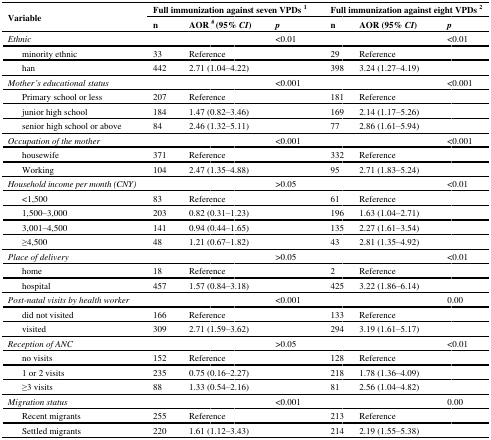
<table><thead><tr><td rowspan="2"><b>Variable</b></td><td colspan="3"><b>Full immunization against seven VPDs <sup>1</sup></b></td><td colspan="3"><b>Full immunization against eight VPDs <sup>2</sup></b></td></tr><tr><td><b>n</b></td><td><b>AOR <sup>#</sup> (95% <i>CI</i>)</b></td><td><b><i>p</i></b></td><td><b>n</b></td><td><b>AOR (95% <i>CI</i>)</b></td><td><b><i>p</i></b></td></tr></thead><tbody><tr><td><i>Ethnic</i></td><td></td><td></td><td>&lt;0.01</td><td></td><td></td><td>&lt;0.01</td></tr><tr><td> minority ethnic </td><td>33</td><td>Reference</td><td></td><td>29</td><td>Reference</td><td></td></tr><tr><td> han</td><td>442</td><td>2.71 (1.04–4.22)</td><td></td><td>398</td><td>3.24 (1.27–4.19)</td><td></td></tr><tr><td><i>Mother’s educational status</i></td><td></td><td></td><td>&lt;0.001</td><td></td><td></td><td>&lt;0.001</td></tr><tr><td> Primary school or less</td><td>207</td><td>Reference</td><td></td><td>181</td><td>Reference</td><td></td></tr><tr><td> junior high school</td><td>184</td><td>1.47 (0.82–3.46)</td><td></td><td>169</td><td>2.14 (1.17–5.26)</td><td></td></tr><tr><td> senior high school or above</td><td>84</td><td>2.46 (1.32–5.11)</td><td></td><td>77</td><td>2.86 (1.61–5.94)</td><td></td></tr><tr><td><i>Occupation of the mother</i></td><td></td><td></td><td>&lt;0.001</td><td></td><td></td><td>&lt;0.001</td></tr><tr><td> housewife </td><td>371</td><td>Reference</td><td></td><td>332</td><td>Reference</td><td></td></tr><tr><td> Working</td><td>104</td><td>2.47 (1.35–4.88)</td><td></td><td>95</td><td>2.71 (1.83–5.24)</td><td></td></tr><tr><td><i>Household income per month (CNY)</i></td><td></td><td></td><td>&gt;0.05</td><td></td><td></td><td>&lt;0.01</td></tr><tr><td> &lt;1,500</td><td>83</td><td>Reference</td><td></td><td>61</td><td>Reference</td><td></td></tr><tr><td> 1,500–3,000</td><td>203</td><td>0.82 (0.31–1.23)</td><td></td><td>196</td><td>1.63 (1.04–2.71)</td><td></td></tr><tr><td> 3,001–4,500</td><td>141</td><td>0.94 (0.44–1.65)</td><td></td><td>135</td><td>2.27 (1.61–3.54)</td><td></td></tr><tr><td> ≥4,500</td><td>48</td><td>1.21 (0.67–1.82)</td><td></td><td>43</td><td>2.81 (1.35–4.92)</td><td></td></tr><tr><td><i>Place of delivery</i></td><td></td><td></td><td>&gt;0.05</td><td></td><td></td><td>&lt;0.01</td></tr><tr><td> home</td><td>18</td><td>Reference</td><td></td><td>2</td><td>Reference</td><td></td></tr><tr><td> hospital</td><td>457</td><td>1.57 (0.84–3.18)</td><td></td><td>425</td><td>3.22 (1.86–6.14)</td><td></td></tr><tr><td><i>Post-natal visits by health worker</i></td><td></td><td></td><td>&lt;0.001</td><td></td><td></td><td>0.00</td></tr><tr><td> did not visited </td><td>166</td><td>Reference</td><td></td><td>133</td><td>Reference</td><td></td></tr><tr><td> visited</td><td>309</td><td>2.71 (1.59–3.62)</td><td></td><td>294</td><td>3.19 (1.61–5.17)</td><td></td></tr><tr><td><i>Reception of ANC</i></td><td></td><td></td><td>&gt;0.05</td><td></td><td></td><td>&lt;0.01</td></tr><tr><td> no visits</td><td>152</td><td>Reference</td><td></td><td>128</td><td>Reference</td><td></td></tr><tr><td> 1 or 2 visits</td><td>235</td><td>0.75 (0.16–2.27)</td><td></td><td>218</td><td>1.78 (1.36–4.09)</td><td></td></tr><tr><td> ≥3 visits</td><td>88</td><td>1.33 (0.54–2.16)</td><td></td><td>81</td><td>2.56 (1.04–4.82)</td><td></td></tr><tr><td><i>Migration status</i></td><td></td><td></td><td>&lt;0.001</td><td></td><td></td><td>0.00</td></tr><tr><td> Recent migrants </td><td>255</td><td>Reference</td><td></td><td>213</td><td>Reference</td><td></td></tr><tr><td> Settled migrants</td><td>220</td><td>1.61 (1.12–3.43)</td><td></td><td>214</td><td>2.19 (1.55–5.38)</td><td></td></tr></tbody></table>